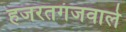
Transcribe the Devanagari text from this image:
हजरतगंजवाले